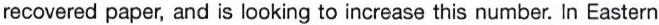
recovered paper, and is looking to increase this number. In Eastern